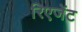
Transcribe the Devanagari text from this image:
रिएजेंट